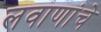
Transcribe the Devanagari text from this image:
लवाणांचे